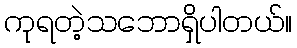
ကုရတဲ့သဘောရှိပါတယ်။